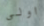
اولى